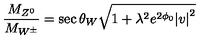
\frac { M _ { Z ^ { 0 } } } { M _ { W ^ { \pm } } } = \sec \theta _ { W } \sqrt { 1 + { \lambda } ^ { 2 } e ^ { 2 \phi _ { 0 } } { \vert v \vert } ^ { 2 } }